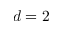
d = 2